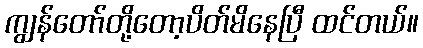
ကျွန်တော်တို့တော့ပိတ်မိနေပြီ ထင်တယ်။